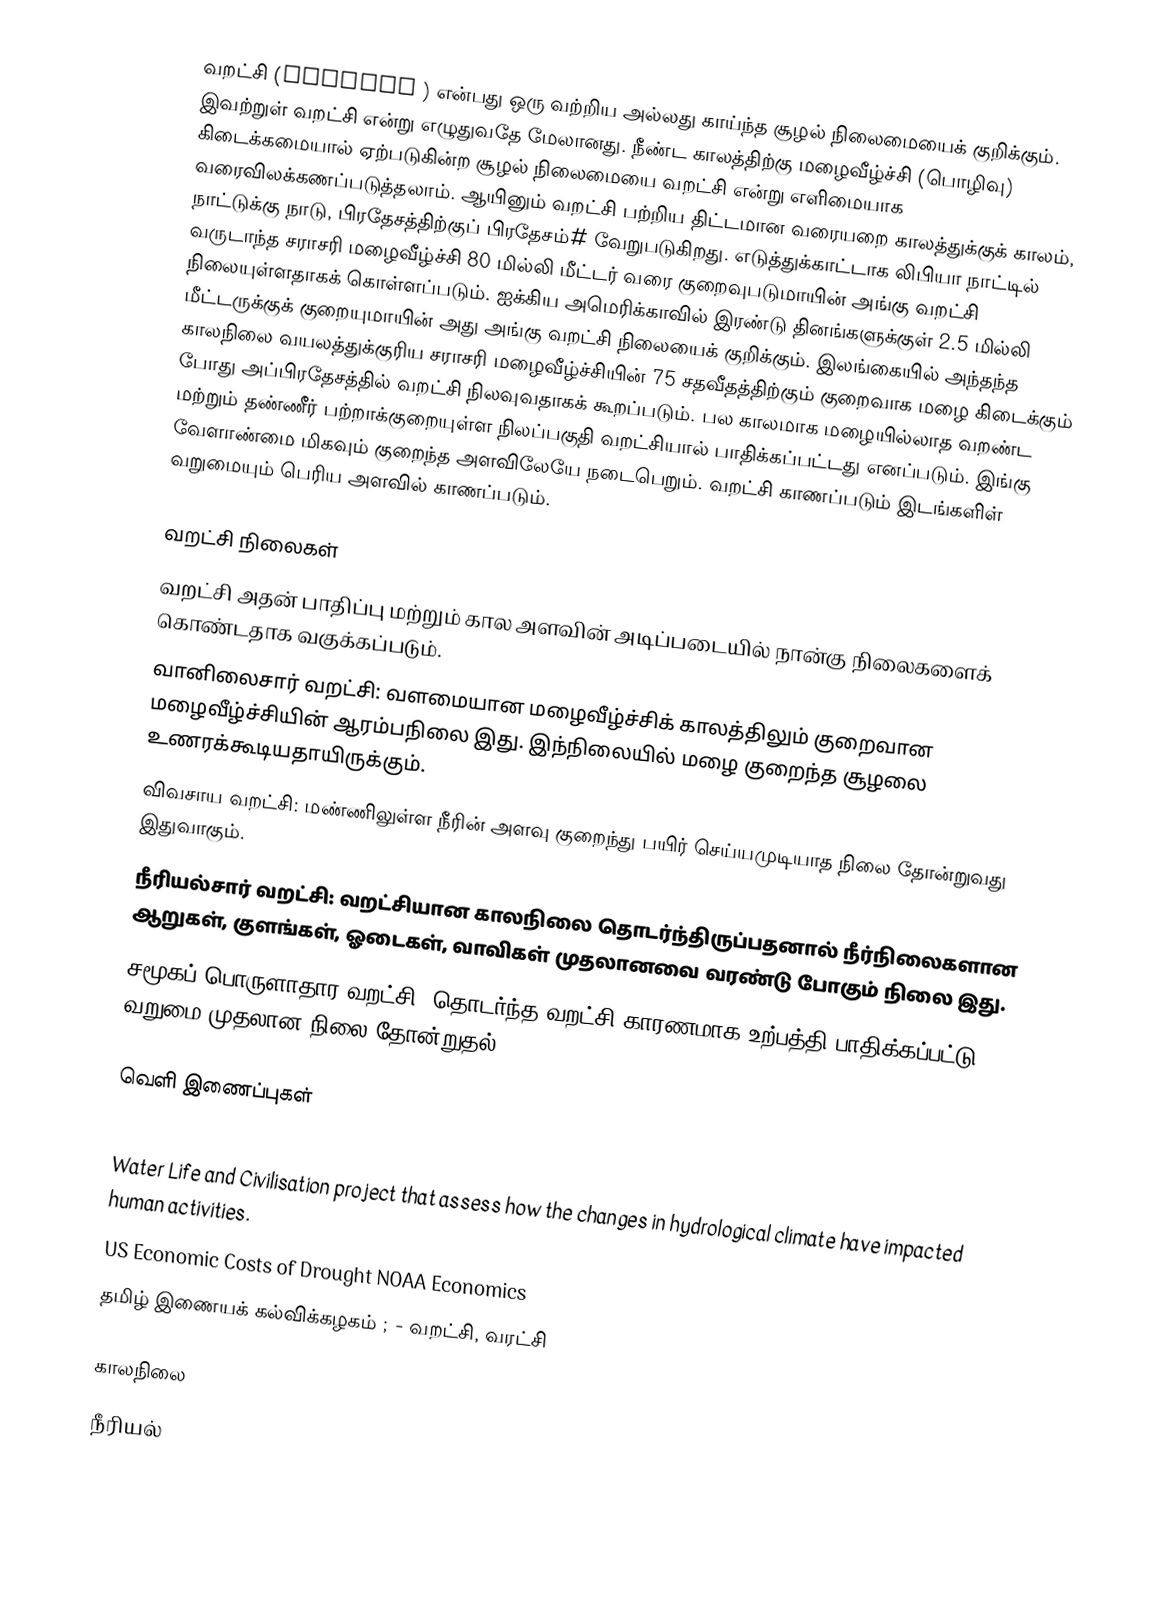
வறட்சி (drought ) என்பது ஒரு வற்றிய அல்லது காய்ந்த  சூழல் நிலைமையைக் குறிக்கும். இவற்றுள் வறட்சி என்று எழுதுவதே  மேலானது.  நீண்ட காலத்திற்கு மழைவீழ்ச்சி (பொழிவு) கிடைக்கமையால் ஏற்படுகின்ற சூழல் நிலைமையை வறட்சி என்று எளிமையாக வரைவிலக்கணப்படுத்தலாம். ஆயினும் வறட்சி பற்றிய திட்டமான வரையறை காலத்துக்குக் காலம், நாட்டுக்கு நாடு, பிரதேசத்திற்குப் பிரதேசம்# வேறுபடுகிறது. எடுத்துக்காட்டாக லிபியா நாட்டில் வருடாந்த சராசரி மழைவீழ்ச்சி 80 மில்லி மீட்டர் வரை  குறைவுபடுமாயின் அங்கு வறட்சி நிலையுள்ளதாகக் கொள்ளப்படும். ஐக்கிய அமெரிக்காவில் இரண்டு தினங்களுக்குள் 2.5 மில்லி மீட்டருக்குக் குறையுமாயின் அது அங்கு வறட்சி நிலையைக் குறிக்கும். இலங்கையில் அந்தந்த காலநிலை வயலத்துக்குரிய சராசரி மழைவீழ்ச்சியின் 75 சதவீதத்திற்கும் குறைவாக மழை கிடைக்கும் போது அப்பிரதேசத்தில் வறட்சி நிலவுவதாகக் கூறப்படும். பல காலமாக மழையில்லாத வறண்ட மற்றும் தண்ணீர் பற்றாக்குறையுள்ள நிலப்பகுதி வறட்சியால் பாதிக்கப்பட்டது எனப்படும். இங்கு வேளாண்மை மிகவும் குறைந்த அளவிலேயே நடைபெறும். வறட்சி காணப்படும் இடங்களிள் வறுமையும் பெரிய அளவில் காணப்படும்.

வறட்சி நிலைகள்
வறட்சி அதன் பாதிப்பு மற்றும் கால அளவின் அடிப்படையில் நான்கு நிலைகளைக் கொண்டதாக வகுக்கப்படும்.
 வானிலைசார் வறட்சி: வளமையான மழைவீழ்ச்சிக் காலத்திலும் குறைவான மழைவீழ்ச்சியின் ஆரம்பநிலை இது. இந்நிலையில் மழை குறைந்த சூழலை உணரக்கூடியதாயிருக்கும்.
 விவசாய வறட்சி: மண்ணிலுள்ள நீரின் அளவு குறைந்து பயிர் செய்யமுடியாத நிலை தோன்றுவது இதுவாகும்.
 நீரியல்சார் வறட்சி: வறட்சியான காலநிலை தொடர்ந்திருப்பதனால் நீர்நிலைகளான ஆறுகள், குளங்கள், ஓடைகள், வாவிகள் முதலானவை வரண்டு போகும் நிலை இது.
 சமூகப் பொருளாதார வறட்சி: தொடர்ந்த வறட்சி காரணமாக உற்பத்தி பாதிக்கப்பட்டு வறுமை முதலான நிலை தோன்றுதல்.

வெளி இணைப்புகள்
 Water scarcity from FAO Water (Food and Agriculture Organization of the United Nations)
 Water Life and Civilisation  project that assess how the changes in hydrological climate have impacted human activities.
 US Economic Costs of Drought  NOAA Economics
 தமிழ் இணையக் கல்விக்கழகம் ; - வறட்சி, வரட்சி   

காலநிலை
நீரியல்